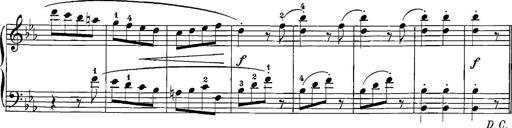
Title: 12 Sonatinas
Composer: Ignaz Pleyel